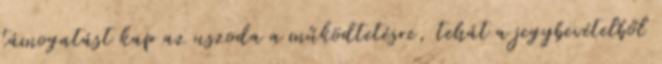
támogatást kap az uszoda a működtetésre, tehát a jegybevételből